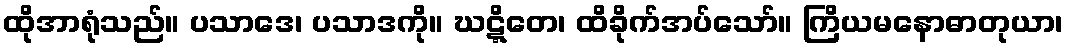
ထိုအာရုံသည်။ ပသာဒေ၊ ပသာဒကို။ ဃဋ္ဋိတေ၊ ထိခိုက်အပ်သော်။ ကြိယမနောဓာတုယာ၊